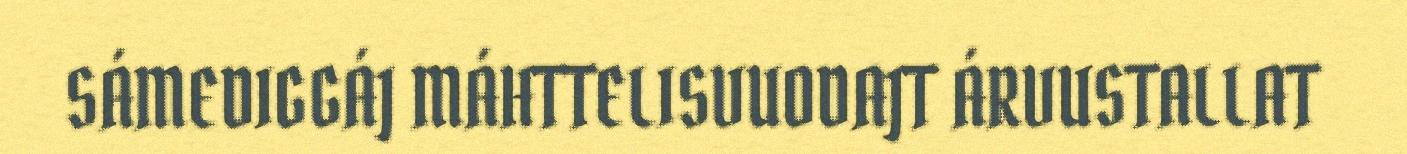
SÁMEDIGGÁJ MÁHTTELISVUODAJT ÁRVUSTALLAT